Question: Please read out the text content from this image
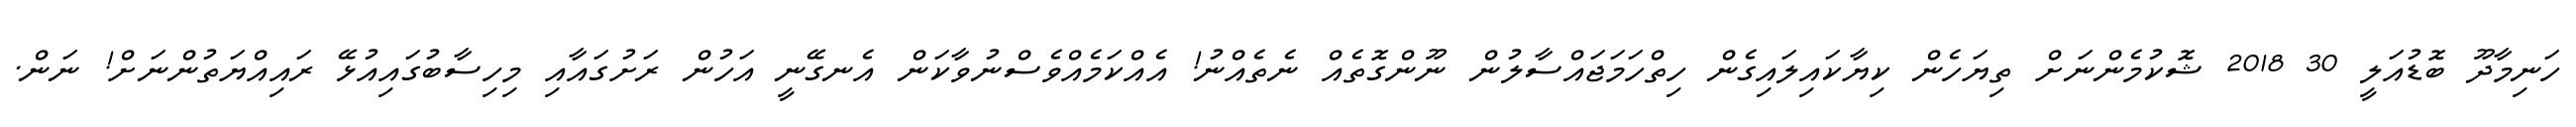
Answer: ހަނިމާދޫ ބޮޑުއަލީ 30 2018 ޝޮކުމެންނަށް ތިޔަހެން ކިޔާކައިލައިގެން ހިތްހަމަޖައްސާލުން ނޫންގޮތެއް ނެތެއްނު! އެއްކަމެއްވެސްނުވާކަން އެނގޭނީ އަހުން ރަށުގައާއި މިހިސާބުގައިއުޅޭ ރައިއްޔަތުންނަށް! ނަން.